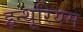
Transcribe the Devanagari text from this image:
इन्थूरियम